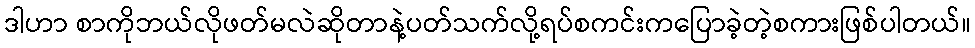
ဒါဟာ စာကိုဘယ်လိုဖတ်မလဲဆိုတာနဲ့ပတ်သက်လို့ရပ်စကင်းကပြောခဲ့တဲ့စကားဖြစ်ပါတယ်။